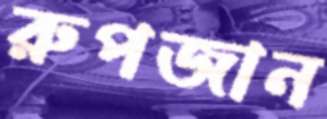
রুপজান